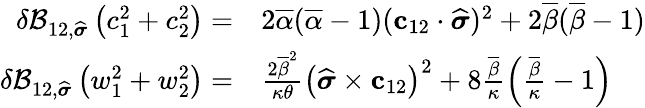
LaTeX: \begin{array}{rl}{\delta\mathcal{B}_{12,\widehat{\boldsymbol{\sigma}}}\left(c_{1}^{2}+c_{2}^{2}\right)=}&{{}2\overline{{\alpha}}(\overline{{\alpha}}-1)(\mathbf{c}_{12}\cdot\widehat{\boldsymbol{\sigma}})^{2}+2\overline{{\beta}}(\overline{{\beta}}-1)}\\ {\delta\mathcal{B}_{12,\widehat{\boldsymbol{\sigma}}}\left(w_{1}^{2}+w_{2}^{2}\right)=}&{{}\frac{2\overline{{\beta}}^{2}}{\kappa\theta}\left(\widehat{\boldsymbol{\sigma}}\times\mathbf{c}_{12}\right)^{2}+8\frac{\overline{{\beta}}}{\kappa}\left(\frac{\overline{{\beta}}}{\kappa}-1\right)}\end{array}